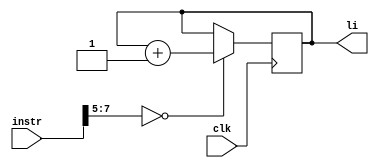
module lireg(clk, instr, li);

input clk;
input [7:0] instr;
output reg li;

initial 
begin
li=0;
end 

always@(posedge clk) begin
	if(instr[7:5] == 3'b000)
	begin
	li<=li+1;
	end
	//$display($time," LIReg: %b",li);
end

endmodule